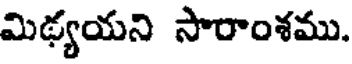
మిథ్యయని సారాంశము.